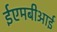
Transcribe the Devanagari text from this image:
ईएमबीआई